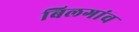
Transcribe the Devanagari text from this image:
बिलगांव